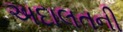
અદાલતની